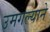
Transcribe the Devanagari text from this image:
उमगल्याने